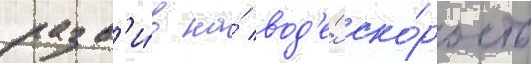
разв'и́в на́ вод'е́ ско́рость